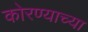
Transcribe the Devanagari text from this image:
कोरण्याच्या